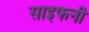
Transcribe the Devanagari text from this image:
साइफनी